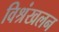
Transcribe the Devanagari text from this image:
विश्रंखलन